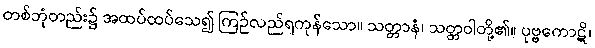
တစ်ဘုံတည်း၌ အထပ်ထပ်သေ၍ ကြဉ်လည်ရကုန်သော။ သတ္တာနံ၊ သတ္တဝါတို့၏။ ပုဗ္ဗကောဋိ၊